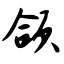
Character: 颌